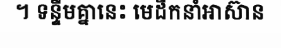
។ ទន្ទឹមគ្នានេះ មេដឹកនាំអាស៊ាន